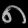
Digit: ၈